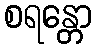
စရန္တော